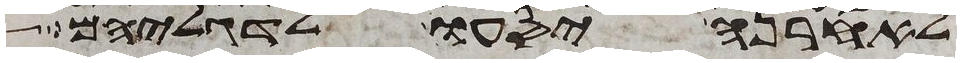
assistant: לאחרנה יסעו לדגליהם